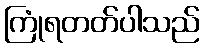
ကြုံရတတ်ပါသည်